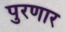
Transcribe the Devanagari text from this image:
पुरणार